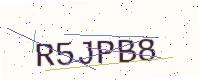
Text: R5JPB8